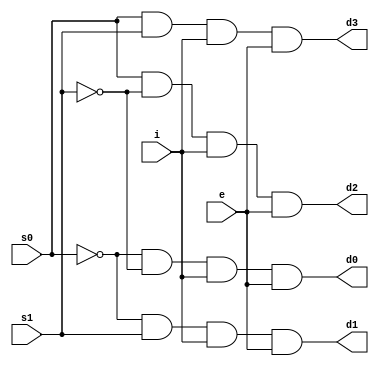
module demux(d0, d1, d2, d3, s0, s1, i, e);
    input s0, s1, i, e;
    output d0, d1, d2, d3;

    assign d0 = ~s0 & ~s1 & i & e;
    assign d1 = ~s0 & s1 & i & e;
    assign d2 = s0 & ~s1 & i & e;
    assign d3 = s0 & s1 & i & e;
endmodule